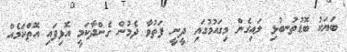
ބަޔަކު ބޮޑުތުނބުޅި ލައިގެން މިގައުމުގައި ދީނީ ފަތުވާ ދެމުން ގެންދާކަމީ އޮޅިފައި އޮތްކަމެއް